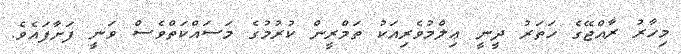
މިހާރު ރާއްޖޭގެ ހަތަރު ދީނީ ޢިލްމުވެރިއަކު ތަމްރީން ކުރުމުގެ މަސައްކަތްވެސް ވަނީ ފަށާފައެވެ.